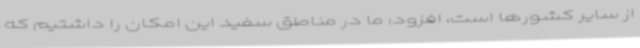
از سایر کشورها است، افزود: ما در مناطق سفید این امکان را داشتیم که